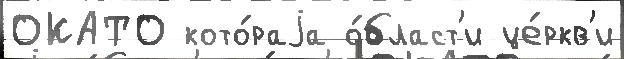
ОКАТО кото́раjа о́бласт'и це́ркв'и